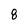
Character: 8